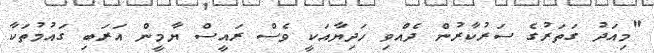
"މިއަދު ގަތަރުގެ ސަރުކާރުން ދެއްވި ހަދިޔާއަކީ ވެސް ރައީސް ޔާމީން އަރަބި ގައުމުތަކާ